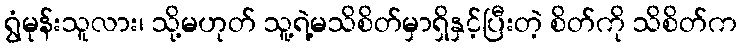
ရွံမုန်းသူလား၊ သို့မဟုတ် သူ့ရဲ့မသိစိတ်မှာရှိနှင့်ပြီးတဲ့ စိတ်ကို သိစိတ်က